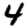
Digit: 4